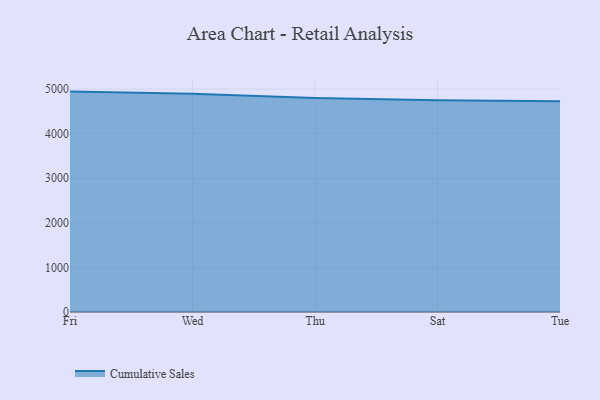
{"axis": {"x": "Day", "y": "Backlog"}, "legend": ["Cumulative Sales"], "data": [{"x": "Fri", "y": 4942.8, "type": "Cumulative Sales"}, {"x": "Wed", "y": 4892.4, "type": "Cumulative Sales"}, {"x": "Thu", "y": 4796.7, "type": "Cumulative Sales"}, {"x": "Sat", "y": 4746.2, "type": "Cumulative Sales"}, {"x": "Tue", "y": 4724.7, "type": "Cumulative Sales"}]}